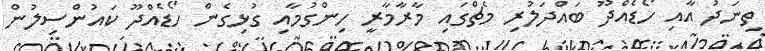
ތިނަދު އާއި ހޯޑެއްދޫ ބައްދަލުރި މެޗްގައި މާރާމާރީ ހިންގުމާއި ގުޅިގެން ހޯޑެއްދޫ ކައުންސިލުން